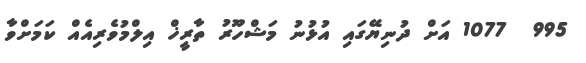
995  1077 އަށް ދުނިޔޭގައި އުޅުނު މަޝްހޫރު ތާރީޚް އިލްމުވެރިއެއް ކަމަށްވާ